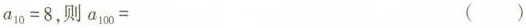
$$a_{10}=8$$，则a_{100}=（）